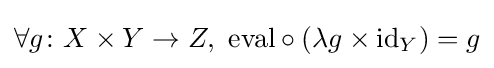
\forall g\colon X\times Y\to Z,\ \mathrm {eval} \circ (\lambda g\times \mathrm {id} _{Y})=g